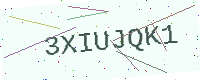
Text: 3XIUJQK1